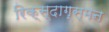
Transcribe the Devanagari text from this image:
रिक्स्दाग्स्मन